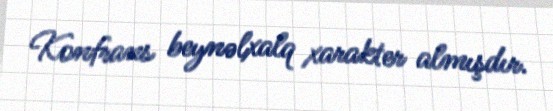
Konfrans beynəlxalq xarakter almışdır.